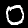
Label: 0